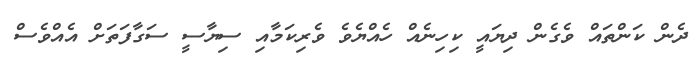
ދެން ކަންތައް ވެގެން ދިޔައީ ކިހިނެއް ހެއްޔެވެ ވެރިކަމާއި ސިޔާސީ ސަގާފަތަށް އެއްވެސް